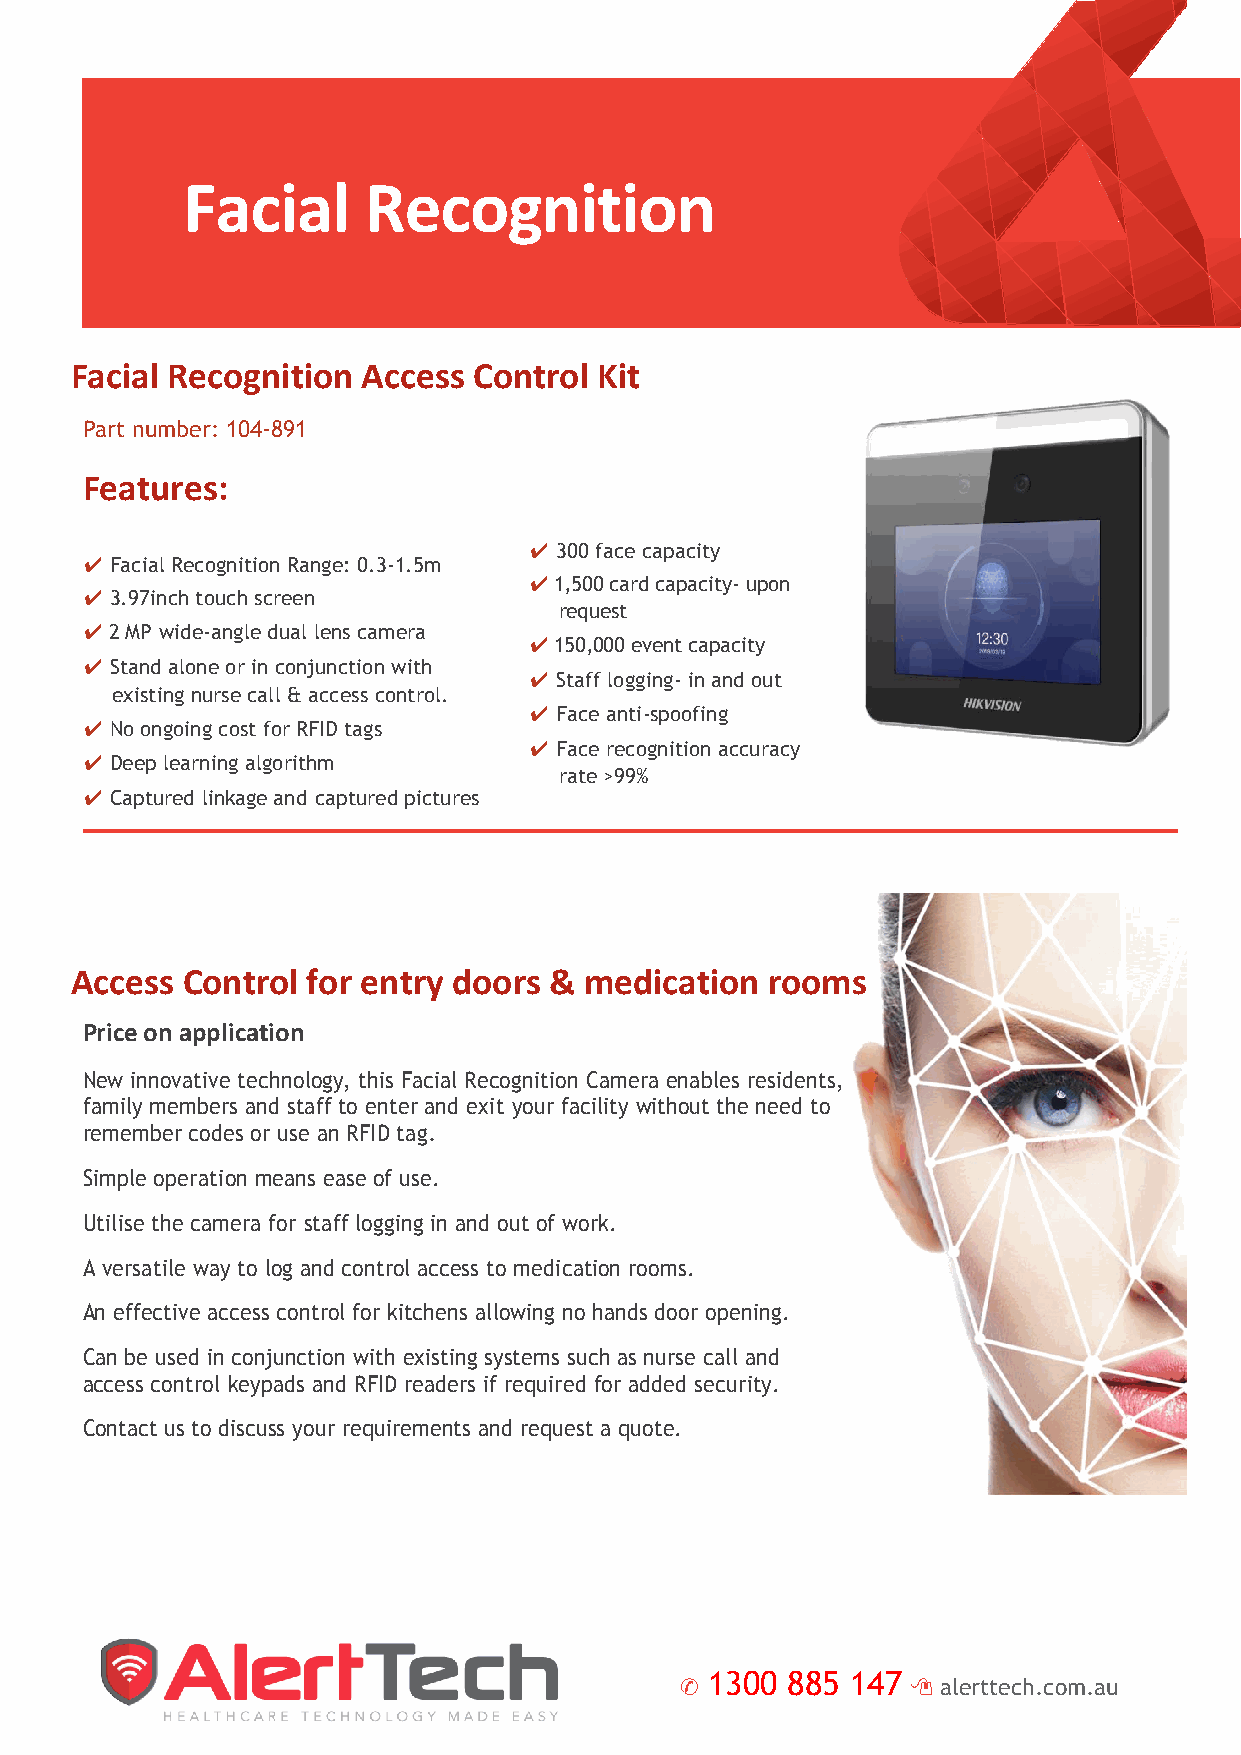
Facial      Recognition
 Facial Recognition Access Control  Kit
 Part number: 104-891
 Features:
 ✔ 300 face capacity
 ✔ Facial Recognition Range: 0.3-1.5m
 ✔ 1,500 card capacity- upon
 ✔ 3.97inch touch screen
 request
 ✔ 2 MP wide-angle dual lens camera
 ✔ 150,000 event capacity
 ✔ Stand alone or in conjunction with
 ✔ Staff logging- in and out
 existing nurse call & access control.
 ✔ Face anti-spoofing
 ✔ No ongoing cost for RFID tags
 ✔ Face recognition accuracy
 ✔ Deep learning algorithm
 rate >99%
 ✔ Captured linkage and captured pictures
 Access Control for entry doors &  medication  rooms
 Price on application
 New innovative technology, this Facial Recognition Camera enables residents,
 family members and staff to enter and exit your facility without the need to
 remember codes or use an RFID tag.
 Simple operation means ease of use.
 Utilise the camera for staff logging in and out of work.
 A versatile way to log and control access to medication rooms.
 An effective access control for kitchens allowing no hands door opening.
 Can be used in conjunction with existing systems such as nurse call and
 access control keypads and RFID readers if required for added security.
 Contact us to discuss your requirements and request a quote.
 ✔ O p e r a t i o n S y s✆tem 1:3 Li0nu0x 885 147  alerttech.com.au